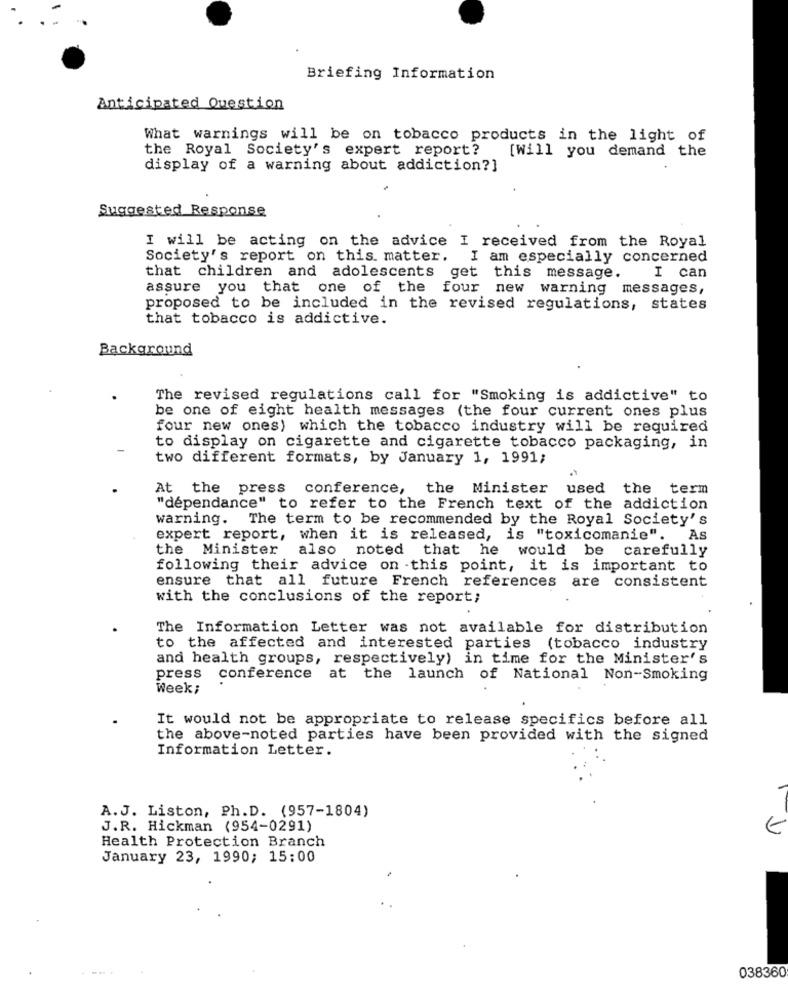
Briefing Information
Anticipated Question
What warnings will be on tobacco products in the light of
the Royal Society's expert report?
[Will you demand the
display of a warning about addiction?]
Suggested Response
I will be acting on the advice I received from the Royal
Society's report on this matter. I am especially concerned
that children and adolescents get this message.
I can
assure you that one of the four new warning messages,
proposed to be included in the revised regulations, states
that tobacco is addictive.
Background
The revised regulations call for "Smoking is addictive" to
be one of eight health messages (the four current ones plus
four new ones) which the tobacco industry will be required
to display on cigarette and cigarette tobacco packaging, in
two different formats, by January 1, 1991;
At the
press
conference, the Minister used the term
"dépendance" to refer to the French text of the addiction
warning. The term to be recommended by the Royal Society's
expert report, when it is released, is "toxicomanie".
As
the
Minister also noted that he would be carefully
following their advice on this point, it is important to
ensure that all future French references are consistent
with the conclusions of the report;
The Information Letter was not available for distribution
to the affected and interested parties (tobacco industry
and health groups, respectively) in time for the Minister's
press conference at the launch of National Non-Smoking
Week;
It would not be appropriate to release specifics before all
the above-noted parties have been provided with the signed
Information Letter.
A.J. Liston, Ph.D. (957-1804)
J.R. Hickman (954-0291)
€
Health Protection Branch
January 23, 1990; 15:00
038360